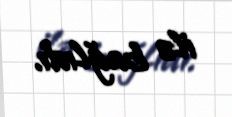
ilə bağlıdı.